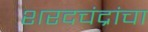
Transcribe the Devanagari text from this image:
शरदचंद्रांचा